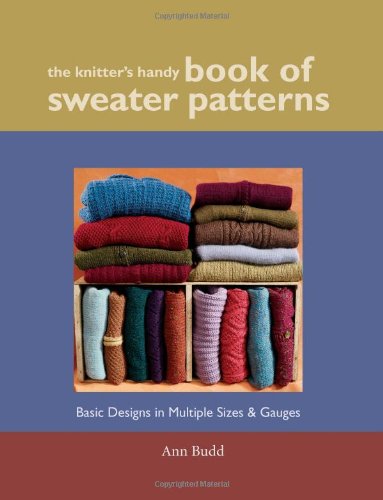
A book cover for The Knitter's Handy Book of Sweater Patterns; Ann Budd; Crafts, Hobbies & Home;